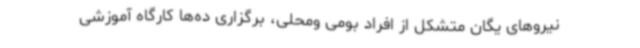
نیروهای یگان متشکل از افراد بومی ومحلی، برگزاری ده‌ها کارگاه آموزشی